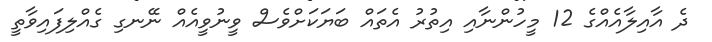
ދެ އާއިލާއެއްގެ 12 މީހުންނާއި އިތުރު އެތައް ބަޔަކަށްވެސް ވީނުވީއެއް ނޭނގި ގެއްލިފައިވާތީ